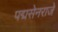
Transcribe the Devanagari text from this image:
पद्मसेनराजे